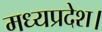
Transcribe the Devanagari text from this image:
मध्‍यप्रदेश।